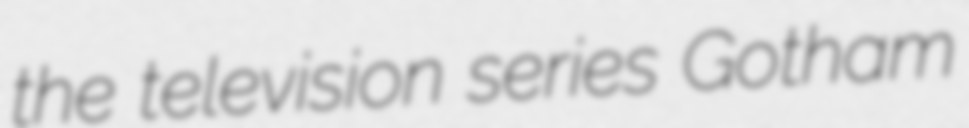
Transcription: the television series Gotham